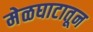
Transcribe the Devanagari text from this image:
मेळघाटातून